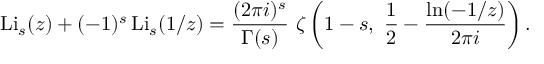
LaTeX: \operatorname { L i } _ { s } ( z ) + ( - 1 ) ^ { s } \operatorname { L i } _ { s } ( 1 / z ) = { \frac { ( 2 \pi i ) ^ { s } } { \Gamma ( s ) } } ~ \zeta \left( 1 - s , ~ { \frac { 1 } { 2 } } - { \frac { \ln ( - 1 / z ) } { 2 \pi i } } \right) .